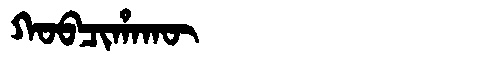
Manchu: ᡴᠣᠪᠴᡳᡥᠠᡴᡡ
Romanization: KOBCIHAKŪ